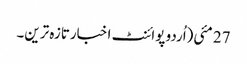
27 مئی(اُردو پوائنٹ اخبارتازہ ترین۔